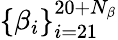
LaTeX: \{ \beta_{i}\} _{i=21}^{20+N_{\beta}}